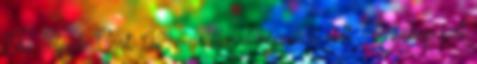
The Apple Cart, 1929 váratlanul népszerű volt. Varsóban volt